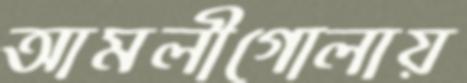
আমলীগোলায়